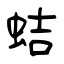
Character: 蛣